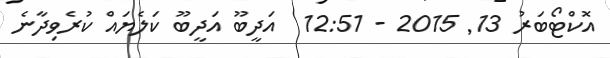
އޮކްޓޯބަރު 13